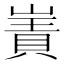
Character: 𫶑